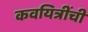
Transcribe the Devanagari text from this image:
कवयित्रींची